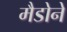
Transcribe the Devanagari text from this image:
मैडोने